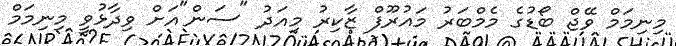
މިނިމަމް ވޭޖް ބޯޑުގެ މެމްބަރު މައުރޫފް ޒާކިރު މިއަދު "ސަން"އަށް ވިދާޅުވީ މިނިމަމް